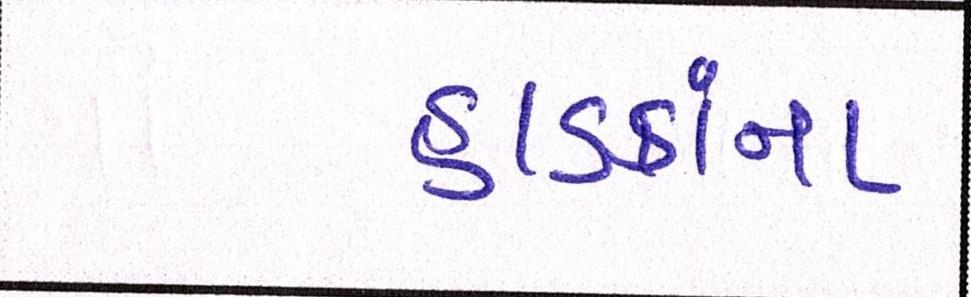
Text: હાડકાંના